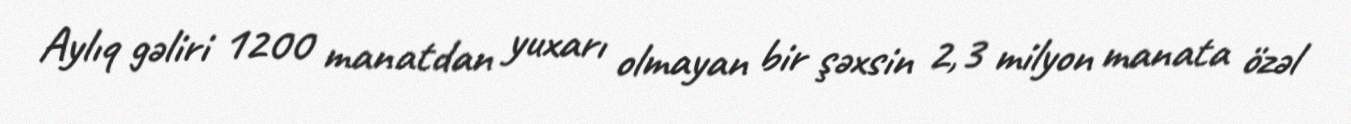
Aylıq gəliri 1200 manatdan yuxarı olmayan bir şəxsin 2,3 milyon manata özəl